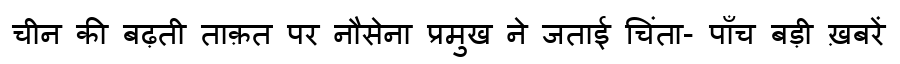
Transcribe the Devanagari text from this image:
चीन की बढ़ती ताक़त पर नौसेना प्रमुख ने जताई चिंता- पाँच बड़ी ख़बरें